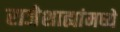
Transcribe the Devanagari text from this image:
राजेशाह्यांमध्ये